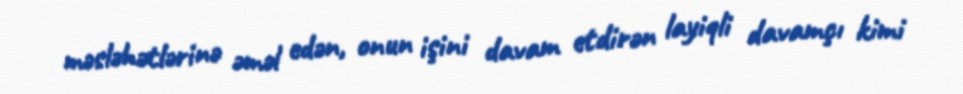
məsləhətlərinə əməl edən, onun işini davam etdirən layiqli davamçı kimi